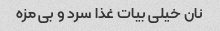
نان خیلی بیات غذا سرد و بی مزه